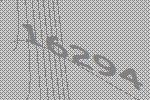
16294